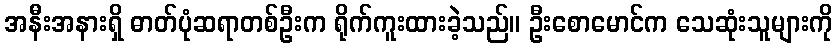
အနီးအနားရှိ ဓာတ်ပုံဆရာတစ်ဦးက ရိုက်ကူးထားခဲ့သည်။ ဦးစောမောင်က သေဆုံးသူများကို